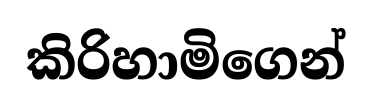
කිරිහාමිගෙන්